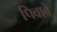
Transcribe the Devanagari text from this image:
पिवावे